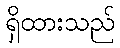
ရှိထားသည်